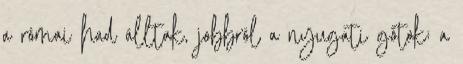
a római had álltak, jobbról a nyugati gótok; a